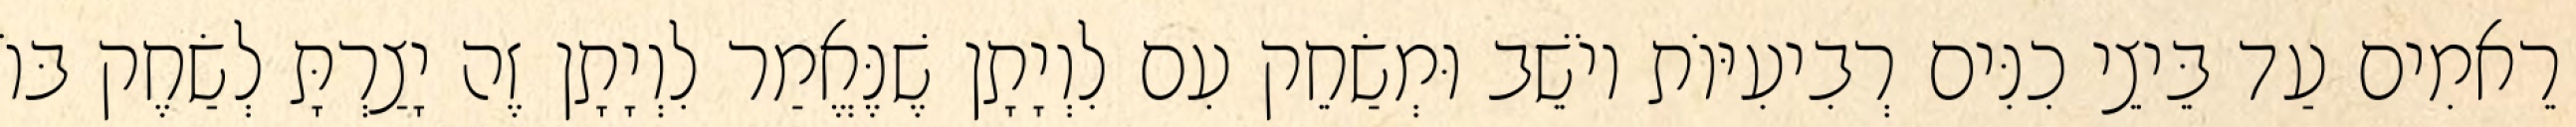
רֵאמִים עַד בֵּיצֵי כִנִּים רְבִיעִיּוֹת יוֹשֵׁב וּמְשַׂחֵק עִם לִוְיָתָן שֶׁנֶּאֱמַר לִוְיָתָן זֶה יָצַרְתָּ לְשַׂחֶק בּוֹ